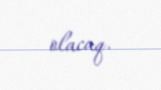
olacaq.